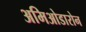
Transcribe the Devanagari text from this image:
अमिओडारोन